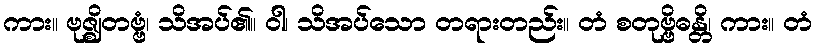
ကား။ ဗုဇ္ဈိတဗ္ဗံ၊ သိအပ်၏။ ဝါ၊ သိအပ်သော တရားတည်း။ တံ စတုဗ္ဗိဓန္တိ၊ ကား။ တံ